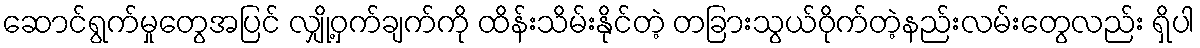
ဆောင်ရွက်မှုတွေအပြင် လျှို့ဝှက်ချက်ကို ထိန်းသိမ်းနိုင်တဲ့ တခြားသွယ်ဝိုက်တဲ့နည်းလမ်းတွေလည်း ရှိပါ